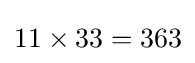
11\times 33=363